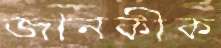
জানকীক